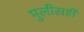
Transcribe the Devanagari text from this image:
मुलीसही